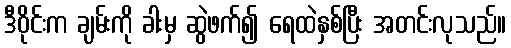
ဒီဝိုင်းက ချမ်းကို ခါးမှ ဆွဲဖက်၍ ရေထဲနှစ်ပြီး အတင်းလုသည်။